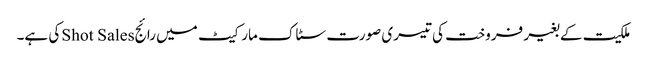
ملکیت کے بغیر فروخت کی تیسری صورت سٹاک مارکیٹ میں رائجShot Salesکی ہے۔